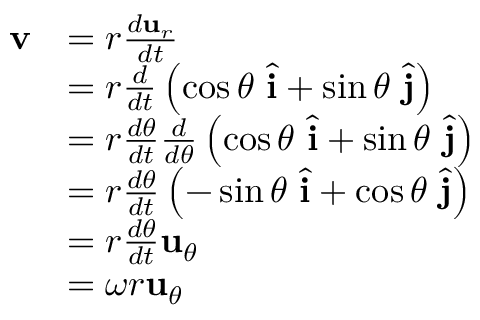
{ \begin{array} { r l } { \mathbf { v } } & { = r { \frac { d \mathbf { u } _ { r } } { d t } } } \\ & { = r { \frac { d } { d t } } \left( \cos \theta \ { \hat { \mathbf { i } } } + \sin \theta \ { \hat { \mathbf { j } } } \right) } \\ & { = r { \frac { d \theta } { d t } } { \frac { d } { d \theta } } \left( \cos \theta \ { \hat { \mathbf { i } } } + \sin \theta \ { \hat { \mathbf { j } } } \right) } \\ & { = r { \frac { d \theta } { d t } } \left( - \sin \theta \ { \hat { \mathbf { i } } } + \cos \theta \ { \hat { \mathbf { j } } } \right) } \\ & { = r { \frac { d \theta } { d t } } \mathbf { u } _ { \theta } } \\ & { = \omega r \mathbf { u } _ { \theta } } \end{array} }